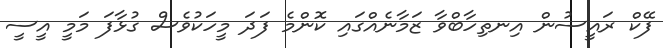
ފޭކް ރައީސުން އިނތިހާބްވާ ޒަމާނެއްގައި ކޮންމެ ފަދަ މީހަކުވެސް ގުޅާފަ މަމީ އީސީ